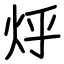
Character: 烀